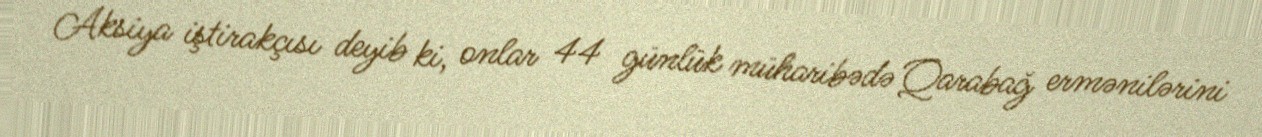
Aksiya iştirakçısı deyib ki, onlar 44 günlük müharibədə Qarabağ ermənilərini